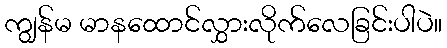
ကျွန်မ မာနထောင်လွှားလိုက်လေခြင်းပါပဲ။